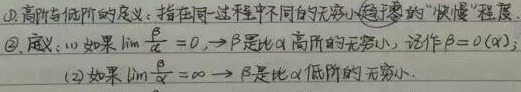
(1) 高阶与低阶的定义：指在同一过程中不同的无穷小趋于零的“快慢”程度.
(2) 定义：
\textcircled{1}如果 $\lim\frac{\beta}{\alpha}=0$，$\beta$ 是比 $\alpha$ 高阶的无穷小，记作 $\beta = o(\alpha)$；
\textcircled{2}如果 $\lim\frac{\beta}{\alpha}=\infty$，$\beta$ 是比 $\alpha$ 低阶的无穷小.